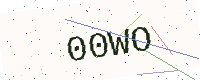
Text: 00WO